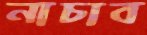
নাচাব